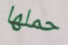
حملها